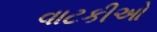
વાટકીઓ